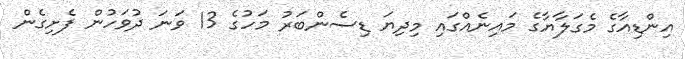
އިންޑިއާގެ މެގަލާޔާގެ މައިނެއްގައި މިދިޔަ ޑިސެންބަރު މަހުގެ 13 ވަނަ ދުވަހުން ފެށިގެން